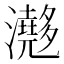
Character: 𤄮